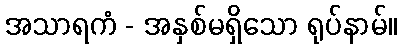
အသာရကံ - အနှစ်မရှိသော ရုပ်နာမ်။